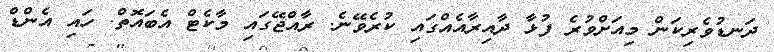
ދަނޑުވެރިކަން މިއަށްވުރެ ފުޅާ ދާއިރާއެއްގައި ކުރެވޭނެ. ރާއްޖޭގައި މާކެޓް އެބައޮތް. ހައި އެންޑް